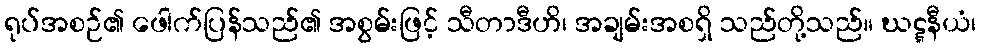
ရုပ်အစဉ်၏ ဖေါက်ပြန်သည်၏ အစွမ်းဖြင့် သီတာဒီဟိ၊ အချမ်းအစရှိ သည်တို့သည်။ ဃဋ္ဋနီယံ၊